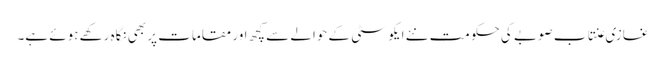
غازی عنتاب صوبے کی حکومت نئے ایکو سٹی کے حوالے سے کچھ اور مقامات پر بھی نگاہ رکھے ہوئے ہے۔